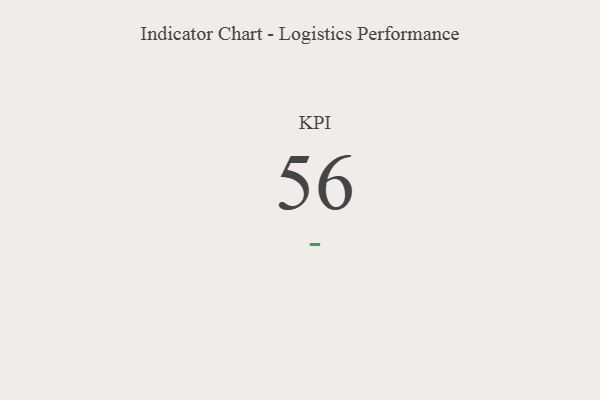
{"axis": {"x": "KPI", "y": "Value"}, "legend": [""], "data": [{"x": "KPI", "y": 56, "type": ""}]}